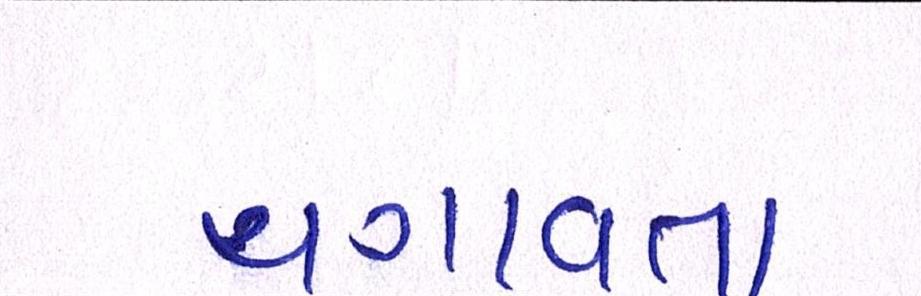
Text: ચગાવતા